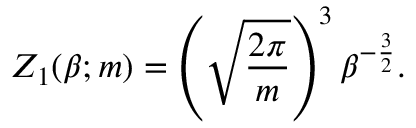
Z _ { 1 } ( \beta ; m ) = \left( \sqrt { \frac { 2 \pi } { m } } \right) ^ { 3 } \beta ^ { - \frac { 3 } { 2 } } .